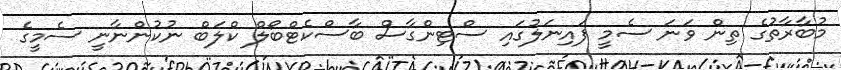
މުބާރާތުގެ ތިން ވަނަ ސެމީ ފައިނަލުގައި ސްޓިންގާސް ބާސްކެޓްބޯލް ކްލަބް ނުކުންނާނީ ސެމީގެ